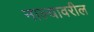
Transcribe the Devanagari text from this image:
नाल्यावरील